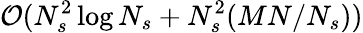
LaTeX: \mathcal{O}(N_{s}^{2}\log N_{s}+N_{s}^{2}(MN/N_{s}))